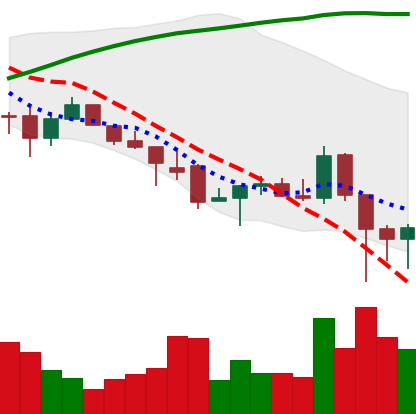
Ticker: ADA-USD
Chart end date: 2021-12-06
Forward return: -4.991%
Label: down_3_5